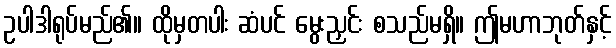
ဥပါဒါရုပ်မည်၏။ ထိုမှတပါး ဆံပင် မွေးညှင်း စသည်မရှိ။ ဤမဟာဘုတ်နှင့်